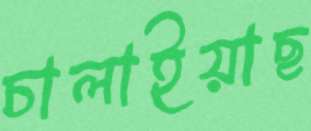
চালাইয়াছ